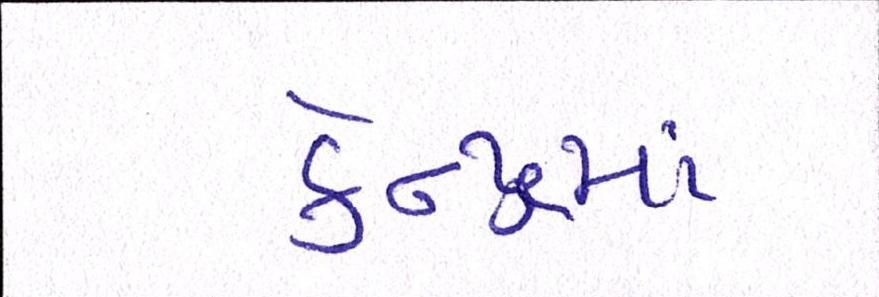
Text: કેન્દ્રમાં